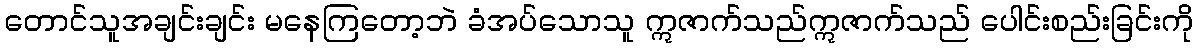
တောင်သူအချင်းချင်း မနေကြတော့ဘဲ ခံအပ်သောသူ ဣဇာက်သည်ဣဇာက်သည် ပေါင်းစည်းခြင်းကို